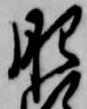
肥